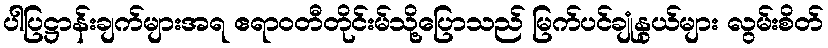
ပါပြဋ္ဌာန်းချက်များအရ ဧရာဝတီတိုင်းမ်သို့ပြောသည် မြက်ပင်ချုံနွယ်များ လွမ်းစိတ်